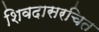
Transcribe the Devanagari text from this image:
शिवदासरचित